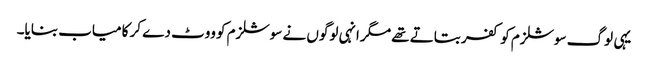
یہی لوگ سوشلزم کو کفر بتاتے تھے مگر انہی لوگوں نے سوشلزم کو ووٹ دے کر کامیاب بنایا۔